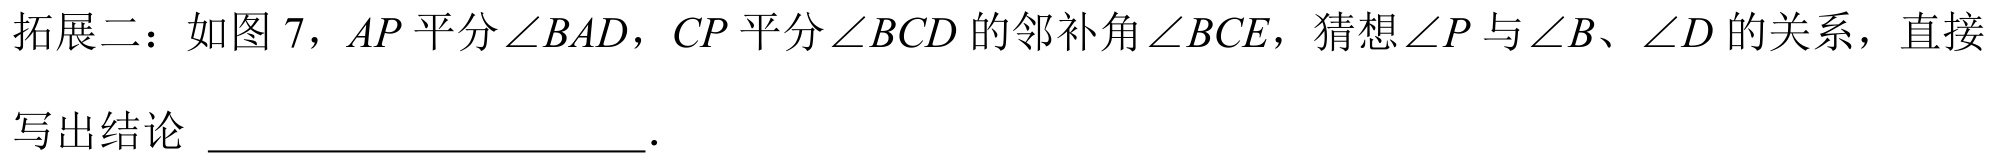
拓展二：如图 7，\(AP\)平分\(\angle BAD\)，\(CP\)平分\(\angle BCD\)的邻补角\(\angle BCE\)，猜想\(\angle P\)与\(\angle B\)、\(\angle D\)的关系，直接写出结论  ．